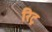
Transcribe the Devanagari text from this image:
रिट्र